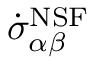
\dot { \sigma } _ { \alpha \beta } ^ { \mathrm { N S F } }